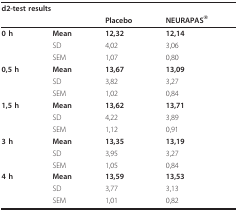
<table><thead><tr><td colspan="4"><b>d2-test results</b></td></tr><tr><td></td><td></td><td><b>Placebo</b></td><td><b>NEURAPAS<sup>®</sup></b></td></tr></thead><tbody><tr><td><b>0 h</b></td><td><b>Mean</b></td><td><b>12,32</b></td><td><b>12,14</b></td></tr><tr><td></td><td>SD</td><td>4,02</td><td>3,06</td></tr><tr><td></td><td>SEM</td><td>1,07</td><td>0,80</td></tr><tr><td><b>0,5 h</b></td><td><b>Mean</b></td><td><b>13,67</b></td><td><b>13,09</b></td></tr><tr><td></td><td>SD</td><td>3,82</td><td>3,27</td></tr><tr><td></td><td>SEM</td><td>1,02</td><td>0,84</td></tr><tr><td><b>1,5 h</b></td><td><b>Mean</b></td><td><b>13,62</b></td><td><b>13,71</b></td></tr><tr><td></td><td>SD</td><td>4,22</td><td>3,89</td></tr><tr><td></td><td>SEM</td><td>1,12</td><td>0,91</td></tr><tr><td><b>3 h</b></td><td><b>Mean</b></td><td><b>13,35</b></td><td><b>13,19</b></td></tr><tr><td></td><td>SD</td><td>3,95</td><td>3,27</td></tr><tr><td></td><td>SEM</td><td>1,05</td><td>0,84</td></tr><tr><td><b>4 h</b></td><td><b>Mean</b></td><td><b>13,59</b></td><td><b>13,53</b></td></tr><tr><td></td><td>SD</td><td>3,77</td><td>3,13</td></tr><tr><td></td><td>SEM</td><td>1,01</td><td>0,82</td></tr></tbody></table>